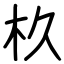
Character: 杦